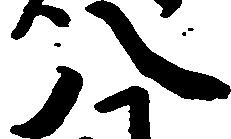
八